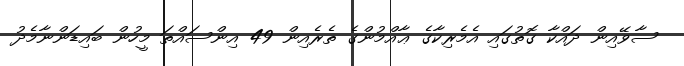
ސާވޭއިން ދައްކާ ގޮތުގައި އެމެރިކާގެ ޢާއްމުންގެ ތެރެއިން 49 އިންސައްތަ މީހުން ބައިޑަންނާމެދު